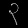
Digit: ၃